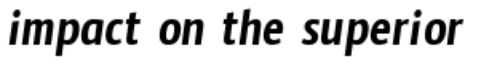
impact on the superior